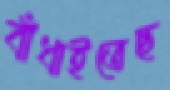
বাঁধাইতেছ